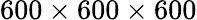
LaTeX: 600\times 600\times 600